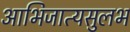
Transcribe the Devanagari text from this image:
आभिजात्यसुलभ